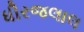
ધીરજલાલ